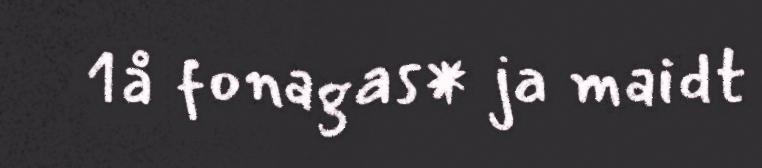
1å fonagas* ja maidt